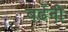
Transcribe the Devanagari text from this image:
बढेंनी